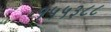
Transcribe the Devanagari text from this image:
१५५३८८